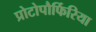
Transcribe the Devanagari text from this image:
प्रोटोपौर्फिरिया